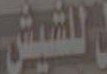
المشيش